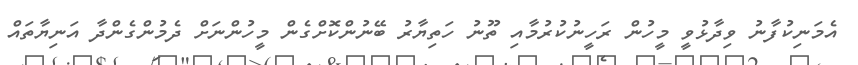
އެމަނިކުފާނު ވިދާޅުވީ މީހުން ރަހީނުކުރުމާއި ތޫނު ހަތިޔާރު ބޭނުންކޮށްގެން މީހުންނަށް ދެމުންގެންދާ އަނިޔާތައް